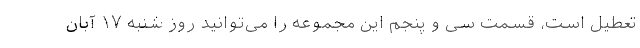
تعطیل است، قسمت سی و پنجم این مجموعه را می‌توانید روز شنبه ۱۷ آبان